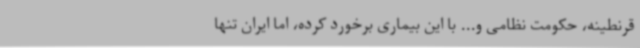
قرنطینه، حکومت نظامی و... با این بیماری برخورد کرده، اما ایران تنها